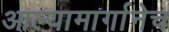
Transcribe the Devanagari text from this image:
आल्यामार्गानेच